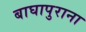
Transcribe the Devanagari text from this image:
बाघापुराना